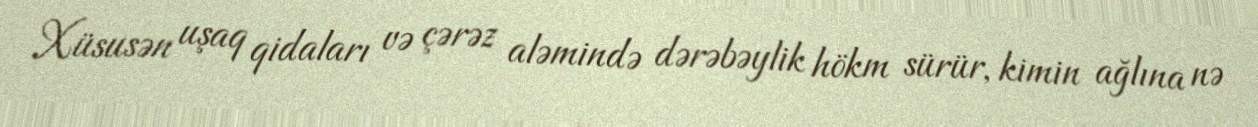
Xüsusən uşaq qidaları və çərəz aləmində dərəbəylik hökm sürür, kimin ağlına nə